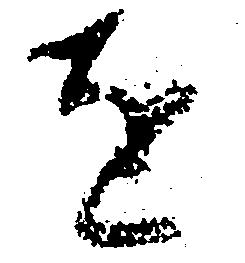
を